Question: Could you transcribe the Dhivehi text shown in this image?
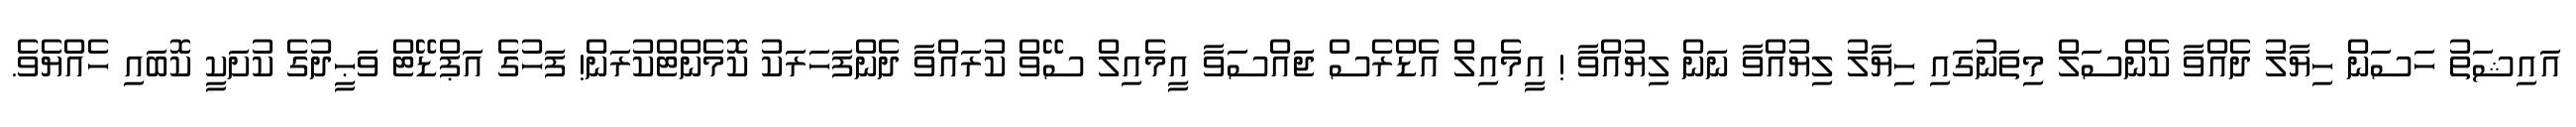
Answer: އައިޝަތު ހަސަން ހިޔާލު ދެއްވާ ކެންސަލް މިތަނުގައި ހިޔާލު ލިޔުއްވާ ނަން ލިޔުއްވާ ! އީމެއިލް އެޑްރެސް ޖައްސަވާ އީމެއިލް ސޭވް ކުރައްވާ ދެންފަހަރަކު ކޮމެންޓްކުރަން! ފަހުގެ އަޕްޑޭޓް ވަޙީދުގެ ކުށަކީ ކޮބައި ހެއްޔެވެ.